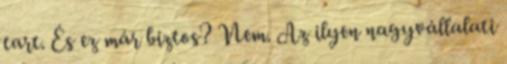
tart. És ez már biztos? Nem. Az ilyen nagyvállalati